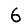
Digit: 6